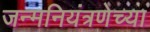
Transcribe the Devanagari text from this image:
जन्मनियंत्रणेच्या